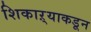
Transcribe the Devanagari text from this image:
शिकाऱ्याकडून